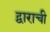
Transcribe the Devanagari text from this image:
द्वाराची